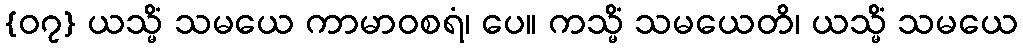
{၀၇} ယသ္မိံ သမယေ ကာမာဝစရံ၊ ပေ။ ကသ္မိံ သမယေတိ၊ ယသ္မိံ သမယေ